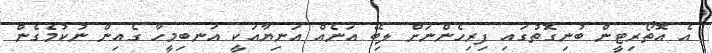
އެ އޮތޯރިޓީން ބުނިގޮތުގައި ފިރިހެންނަށް ލިބޭ އަނެއް އަނިޔާއަކީ އަނބިމީހާ ގެއިން ނުކުމެގެން